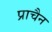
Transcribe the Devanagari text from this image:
प्राचैन